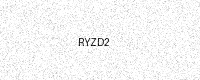
Text: RYZD2